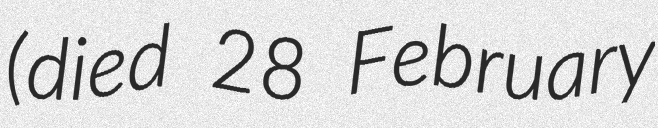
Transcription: (died 28 February